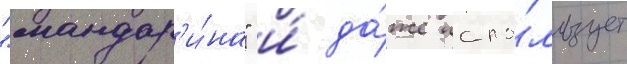
"мандар'и́на" и́ да́же испо́льзует